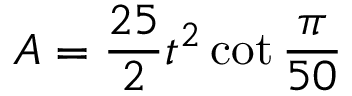
A = { \frac { 2 5 } { 2 } } t ^ { 2 } \cot { \frac { \pi } { 5 0 } }